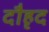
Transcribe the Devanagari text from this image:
दौहृद